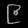
Digit: ၉